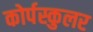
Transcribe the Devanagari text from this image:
कोर्पस्कुलर